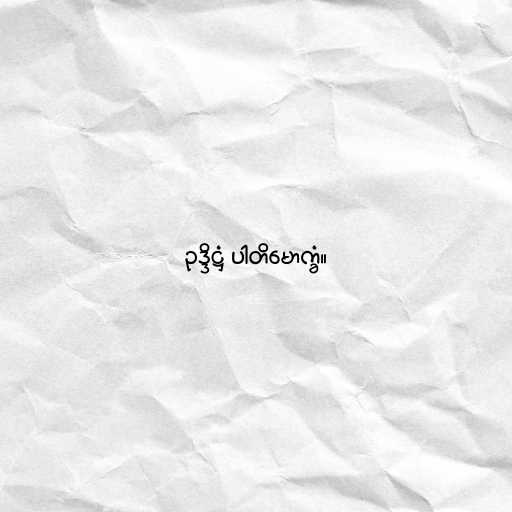
ဥဒ္ဒိဋ္ဌံ ပါတိမောက္ခံ။